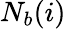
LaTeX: N_{b}(i)